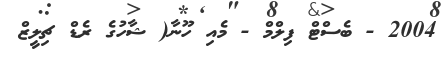
2004 - ބެސްޓް ފިލްމް - މެއި ހޫނާ( ޝާހުގެ ރެޑް ޗިލީޒް